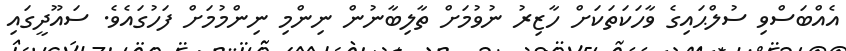
އެއްބަސްވި ސުލްޙައިގެ ވާހަކަތަކަށް ހާޒިރު ނުވުމަށް ތާލިބާނުން ނިންމި ނިންމުމަށް ފަހުގައެވެ. ސައޫދީގައި